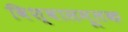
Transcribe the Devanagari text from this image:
विश्वासमूलक